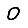
Digit: 0